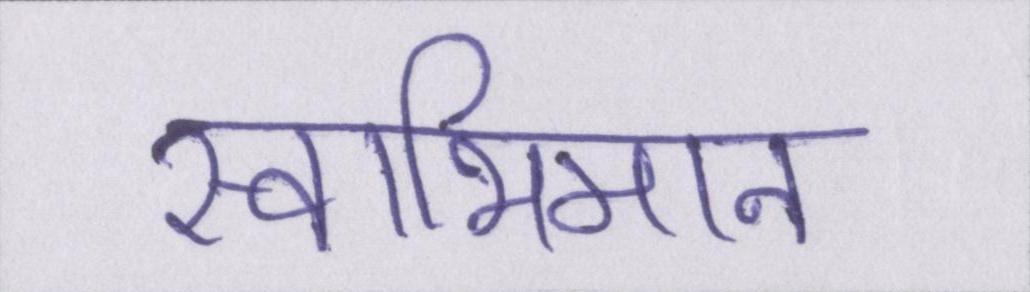
स्वाभिमान